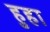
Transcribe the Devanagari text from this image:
हुहा